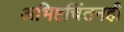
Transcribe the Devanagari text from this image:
अभिष्टचिंतनही